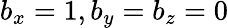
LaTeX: b_{x}=1,b_{y}=b_{z}=0